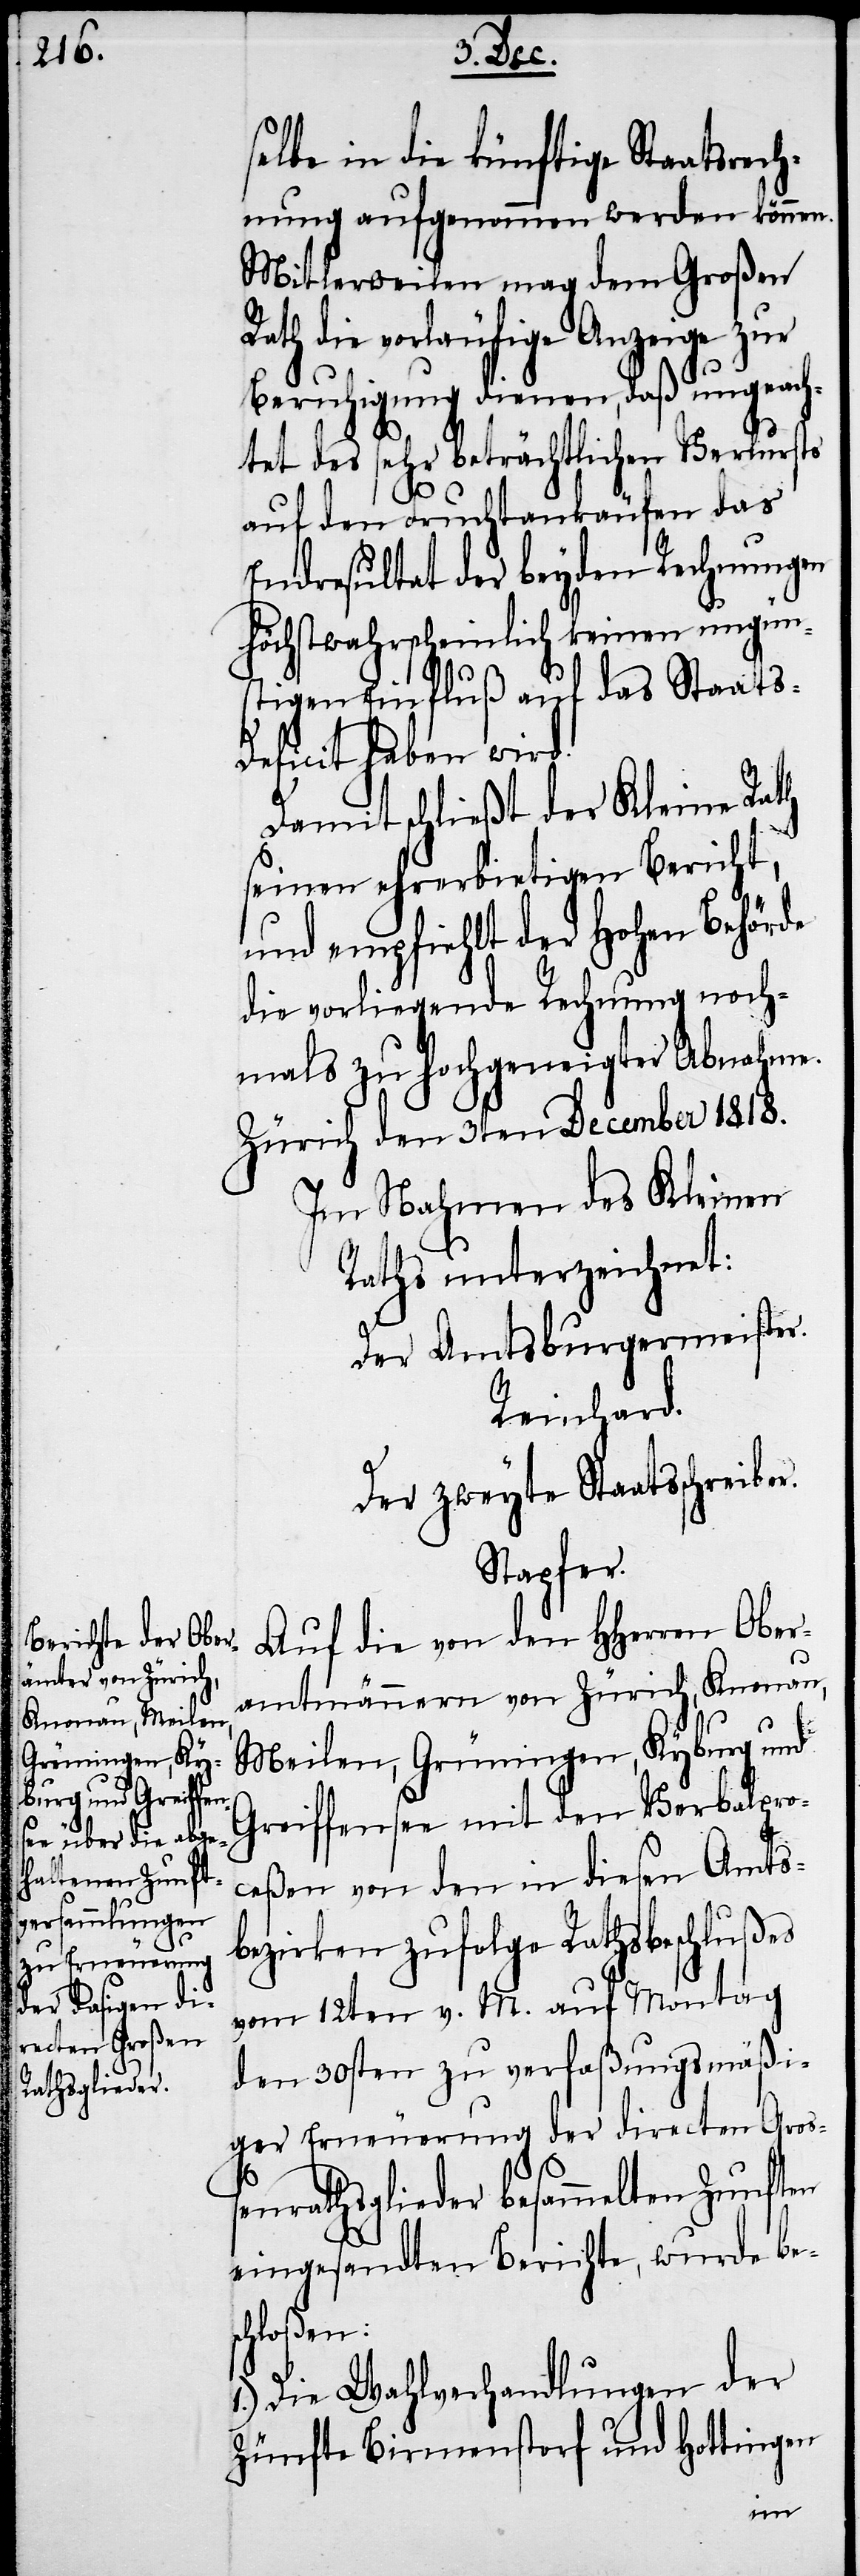
selbe in die künftige Staatsrech¬
nung aufgenommen werden können.
Mitlerweilen mag dem Großen
Rath die vorläufige Anzeige zur
Beruhigung dienen, daß ungeach¬
tet des sehr beträchtlichen Verlursts
auf den Fruchtankäufen das
Endresultat der beyden Rechnungen
höchstwahrscheinlich keinen ungün¬
stigen Einfluß auf das Staats-D¬
eficit haben wird.
Damit schließt der Kleine Rath
seinen ehrerbietigen Bericht,
und empfiehlt der Hohen Behörde
die vorliegende Rechnung noch¬
mals zu hochgeneigter Abnahme.
Zürich den 3ten December 1818.
Im Nahmen des Kleinen
Raths unterzeichnet:
Der Amtsburgermeister.
Reinhard.
Der zweyte Staatsschreib¬
Stapfer.
Auf die von den HHerren Ober¬
amtmännern von Zürich, Knonau,
Meilen, Grüningen, Kyburg und
Greiffensee mit den Verbalpro¬
ceßen von den in diesen Amts¬
bezirken zufolge Rathsbeschlußes
vom 12ten v. M. auf Montag
den 30sten zu verfaßungsmäßi¬
ger Erneuerung der directen Groß¬
enrathsglieder besammelten Zunften
eingesandten Berichte, wurde bes¬
chloßen:
1.) Die Wahlverhandlungen der
Zünfte Birmenstorf und Hottingen
er.